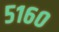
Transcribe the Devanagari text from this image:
५१६०